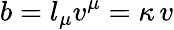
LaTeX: b=l_{\mu}v^{\mu}=\kappa\, v